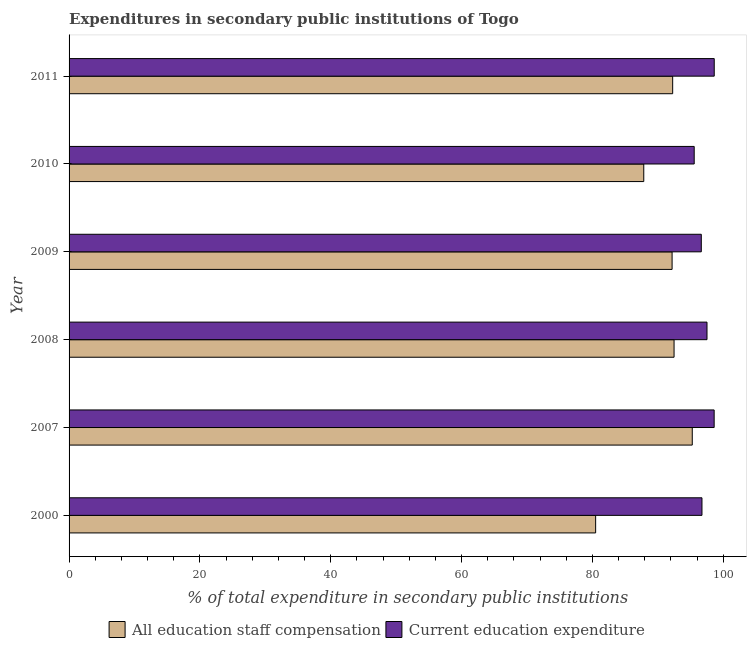
| Year | All education staff compensation | Current education expenditure |
 | --- | --- | --- |
 | 2000 | 80.5 | 96.7 |
 | 2007 | 95.3 | 98.6 |
 | 2008 | 92.5 | 97.5 |
 | 2009 | 92.2 | 96.6 |
 | 2010 | 87.8 | 95.6 |
 | 2011 | 92.3 | 98.6 |